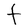
Character: t